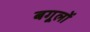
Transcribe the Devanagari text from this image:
बगूलों